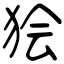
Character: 狯